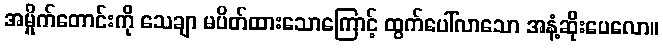
အမှိုက်တောင်းကို သေချာ မပိတ်ထားသောကြောင့် ထွက်ပေါ်လာသော အနံ့ဆိုးပေလော။